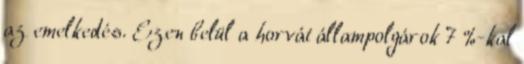
az emelkedés. Ezen belül a horvát állampolgárok 7 %-kal